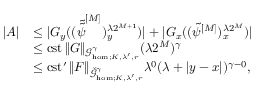
\begin{array} { r l } { | A | } & { \leq | G _ { y } ( ( \tilde { \tilde { \psi } } ^ { [ M ] } ) _ { y } ^ { \lambda 2 ^ { M + 1 } } ) | + | G _ { x } ( ( \tilde { \psi } ^ { [ M ] } ) _ { x } ^ { \lambda 2 ^ { M } } ) | } \\ & { \leq \mathrm { c s t } \, \| G \| _ { \mathcal { G } _ { \mathrm { h o m } ; K , \bar { \lambda } ^ { \prime } , r } ^ { \gamma } } ( \lambda 2 ^ { M } ) ^ { \gamma } } \\ & { \leq \mathrm { c s t ^ { \prime } } \, \| F \| _ { \check { \mathcal { G } } _ { \mathrm { h o m } ; K , \bar { \lambda } ^ { \prime } , r } ^ { \gamma } } \lambda ^ { 0 } ( \lambda + | y - x | ) ^ { \gamma - 0 } , } \end{array}